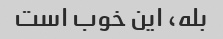
بله، این خوب است